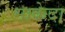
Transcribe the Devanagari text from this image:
माकेदा